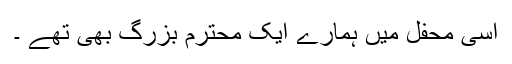
اسی محفل میں ہمارے ایک محترم بزرگ بھی تھے ۔